Lunatic asylums in Bengal annual reports 1912-1924 - 1912-1924
Year: 1912
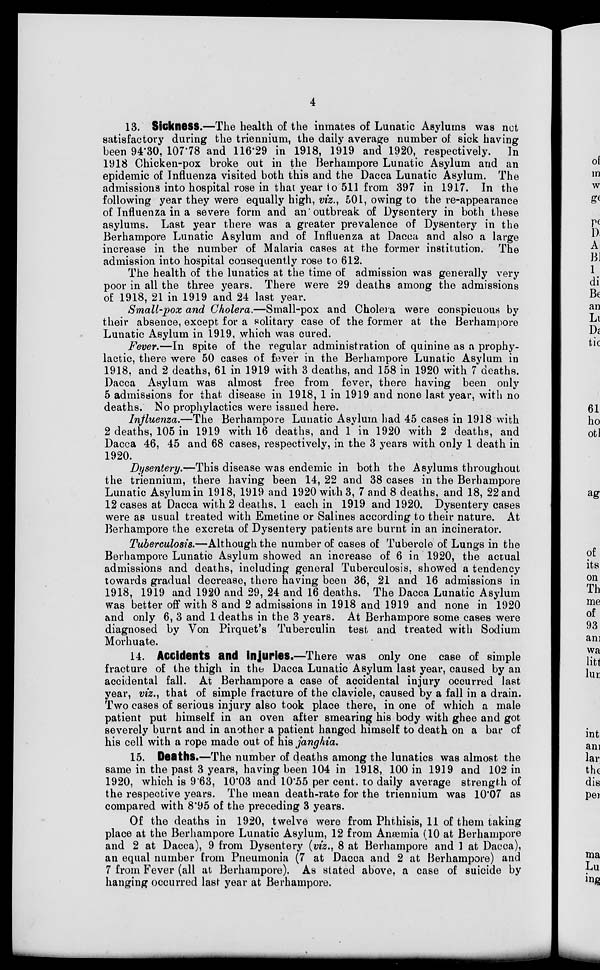
4
13. Sickness.—The health of the inmates of Lunatic Asylums was not
satisfactory during the triennium, the daily average number of. sick having
been 94.30, 107.78 and 116.29 in 1918, 1919 and 1920, respectively.
In
1918 Chicken-pox broke out in the Berhampore Lunatic Asylum and an
epidemic of Influenza visited both this and the Dacca Lunatic Asylum. The
admissions into hospital rose in that year to 511 from 397 in 1917. In the
following year they were equally high, viz., 501, owing to the re-appearance
of Influenza in a severe form and an outbreak of Dysentery in both these
asylums. Last year there was a greater prevalence of Dysentery in the
Berhampore Lunatic Asylum and of Influenza at Dacca and also a large
increase in the number of Malaria cases at the former institution. The
admission into hospital consequently rose to 612.
The health of the lunatics at the time of admission was generally very
poor in all the three years. There were 29 deaths among the admissions
of 1918, 21 in 1919 and 24 last year.
Small-pox and Cholera.—Small-pox and Cholera were conspicuous by
their absence, except for a solitary case of the former at the Berhampore
Lunatic Asylum in 1919, which was cured.
Fever.—In spite of the regular administration of quinine as a prophy-
lactic, there were 50 cases of fever in the Berhampore Lunatic Asylum in
1918, and 2 deaths, 61 in 1919 with 3 deaths, and 158 in 1920 with 7 deaths.
Dacca Asylum was almost free from fever, there having been only
5 admissions for that disease in 1918, 1 in 1919 and none last year, with no
deaths. No prophylactics were issued here.
Influenza.—The Berhampore Lunatic Asylum had 45 cases in 1918 with
2 deaths, 105 in 1919 with 16 deaths, and 1 in 1920 with 2 deaths, and
Dacca 46, 45 and 68 cases, respectively, in the 3 years with only 1 death in
1920.
Dysentery.—This disease was endemic in both the Asylums throughout
the triennium, there having been 14, 22 and 38 cases in the Berhampore
Lunatic Asylum in 1918, 1919 and 1920 with 3, 7 and 8 deaths, and 18, 22 and
12 cases at Dacca with 2 deaths, 1 each in 1919 and 1920. Dysentery cases
were as usual treated with Emetine or Salines according to their nature. At
Berhampore the excreta of Dysentery patients are burnt in an incinerator.
Tuberculosis.—Although the number of cases of Tubercle of Lungs in the
Berhampore Lunatic Asylum showed an increase of 6 in 1920, the actual
admissions and deaths, including general Tuberculosis, showed a tendency
towards gradual decrease, there having been 36, 21 and 16 admissions in
1918, 1919 and 1920 and 29, 24 and 16 deaths. The Dacca Lunatic Asylum
was better off with 8 and 2 admissions in 1918 and 1919 and none in 1920
and only 6, 3 and 1 deaths in the 3 years. At Berhampore some cases were
diagnosed by Von Pirquet's Tuberculin test and treated with Sodium
Morhuate.
14. Accidents and injuries.—There was only one case of simple
fracture of the thigh in the Dacca Lunatic Asylum last year, caused by an
accidental fall. At Berhampore a case of accidental injury occurred last
year, viz., that of simple fracture of the clavicle, caused by a fall in a drain.
Two cases of serious injury also took place there, in one of which a male
patient put himself in an oven after smearing his body with ghee and got
severely burnt and in another a patient hanged himself to death on a bar of
his cell with a rope made out of his janghia.
15. Deaths.—The number of deaths among the lunatics was almost the
same in the past 3 years, having been 104 in 1918, 100 in 1919 and 102 in
1920, which is 9.63, 10.03 and 10.55 per cent. to daily average strength of
the respective years. The mean death-rate for the triennium was 10.07 as
compared with 8.95 of the preceding 3 years.
Of the deaths in 1920, twelve were from Phthisis, 11 of them taking
place at the Berhampore Lunatic Asylum, 12 from Anæmia (10 at Berhampore
and 2 at Dacca), 9 from Dysentery (viz., 8 at Berhampore and 1 at Dacca),
an equal number from Pneumonia (7 at Dacca and 2 at Berhampore) and
7 from Fever (all at Berhampore). As stated above, a case of suicide by
hanging occurred last year at Berhampore.